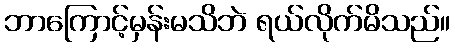
ဘာကြောင့်မှန်းမသိဘဲ ရယ်လိုက်မိသည်။